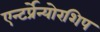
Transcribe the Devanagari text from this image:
एन्टर्प्रेन्योरशिप